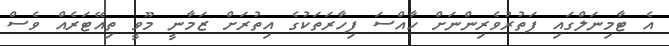
އެ ޓާމިނަލްގައި ފަތުރުވެރިންނަށް ހާއްސަ ފިހާރަތަކުގެ އިތުރަށް ޒަމާނީ މޫވީ ތިއޭޓަރެއް ވެސް